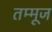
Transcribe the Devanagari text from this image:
तम्मूज